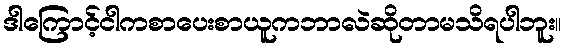
ဒါကြောင့်ငါကစာပေးစာယူကဘာလဲဆိုတာမသိရပါဘူး။